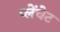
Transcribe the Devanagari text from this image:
प्लेंचेट